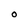
Character: O